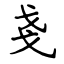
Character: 戔